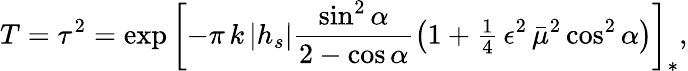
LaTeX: T=\tau^{2}=\exp\left[-\pi\, k\left|h_{s}\right|\frac{\sin^{2}\alpha}{2-\cos\alpha}\left(1+{\textstyle\frac{1}{4}}\, \epsilon^{2}\, {\bar{\mu}}^{2}\cos^{2}\alpha\right)\right]_{*},